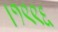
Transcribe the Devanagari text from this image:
।१९९६